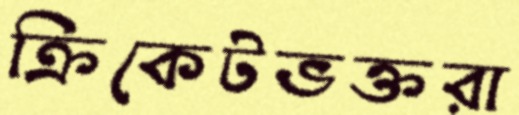
ক্রিকেটভক্তরা